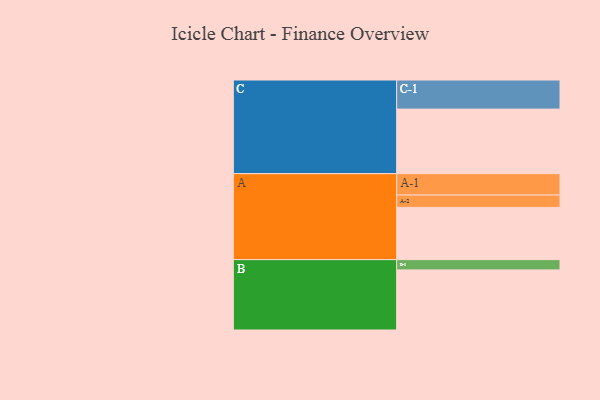
{"axis": {"x": "Segment", "y": "Value"}, "legend": ["", "A", "B", "C"], "data": [{"x": "A", "y": 352, "type": ""}, {"x": "B", "y": 405, "type": ""}, {"x": "C", "y": 435, "type": ""}, {"x": "A-1", "y": 144, "type": "A"}, {"x": "A-2", "y": 83, "type": "A"}, {"x": "B-1", "y": 69, "type": "B"}, {"x": "C-1", "y": 196, "type": "C"}]}